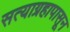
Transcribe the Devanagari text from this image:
सत्याग्रहापासून